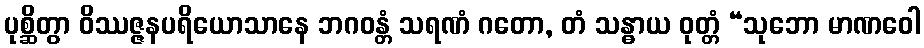
ပုစ္ဆိတွာ ဝိဿဇ္ဇနပရိယောသာနေ ဘဂဝန္တံ သရဏံ ဂတော, တံ သန္ဓာယ ဝုတ္တံ “သုဘော မာဏဝေါ